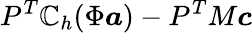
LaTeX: P^{T}\mathbb{C}_{h}(\Phi\boldsymbol{a})-P^{T}M\boldsymbol{c}